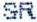
SR